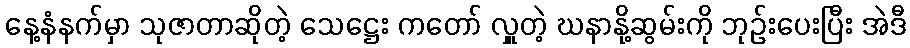
နေ့နံနက်မှာ သုဇာတာဆိုတဲ့ သေဋ္ဌေး ကတော် လှူတဲ့ ဃနာနို့ဆွမ်းကို ဘုဉ်းပေးပြီး အဲဒီ